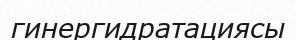
гинергидратациясы